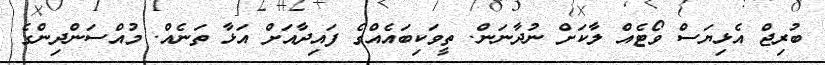
ބުރިޖް އެޅިޔަސް ވޯޓެއް ލާކަށް ނުދާނަން. ތީވަކިބައެއްގެ ފައިދާއަށް އަޅާ ތަނެއް. މުއްސަންދިންގެ